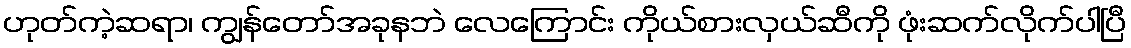
ဟုတ်ကဲ့ဆရာ၊ ကျွန်တော်အခုနဘဲ လေကြောင်း ကိုယ်စားလှယ်ဆီကို ဖုံးဆက်လိုက်ပါပြီ